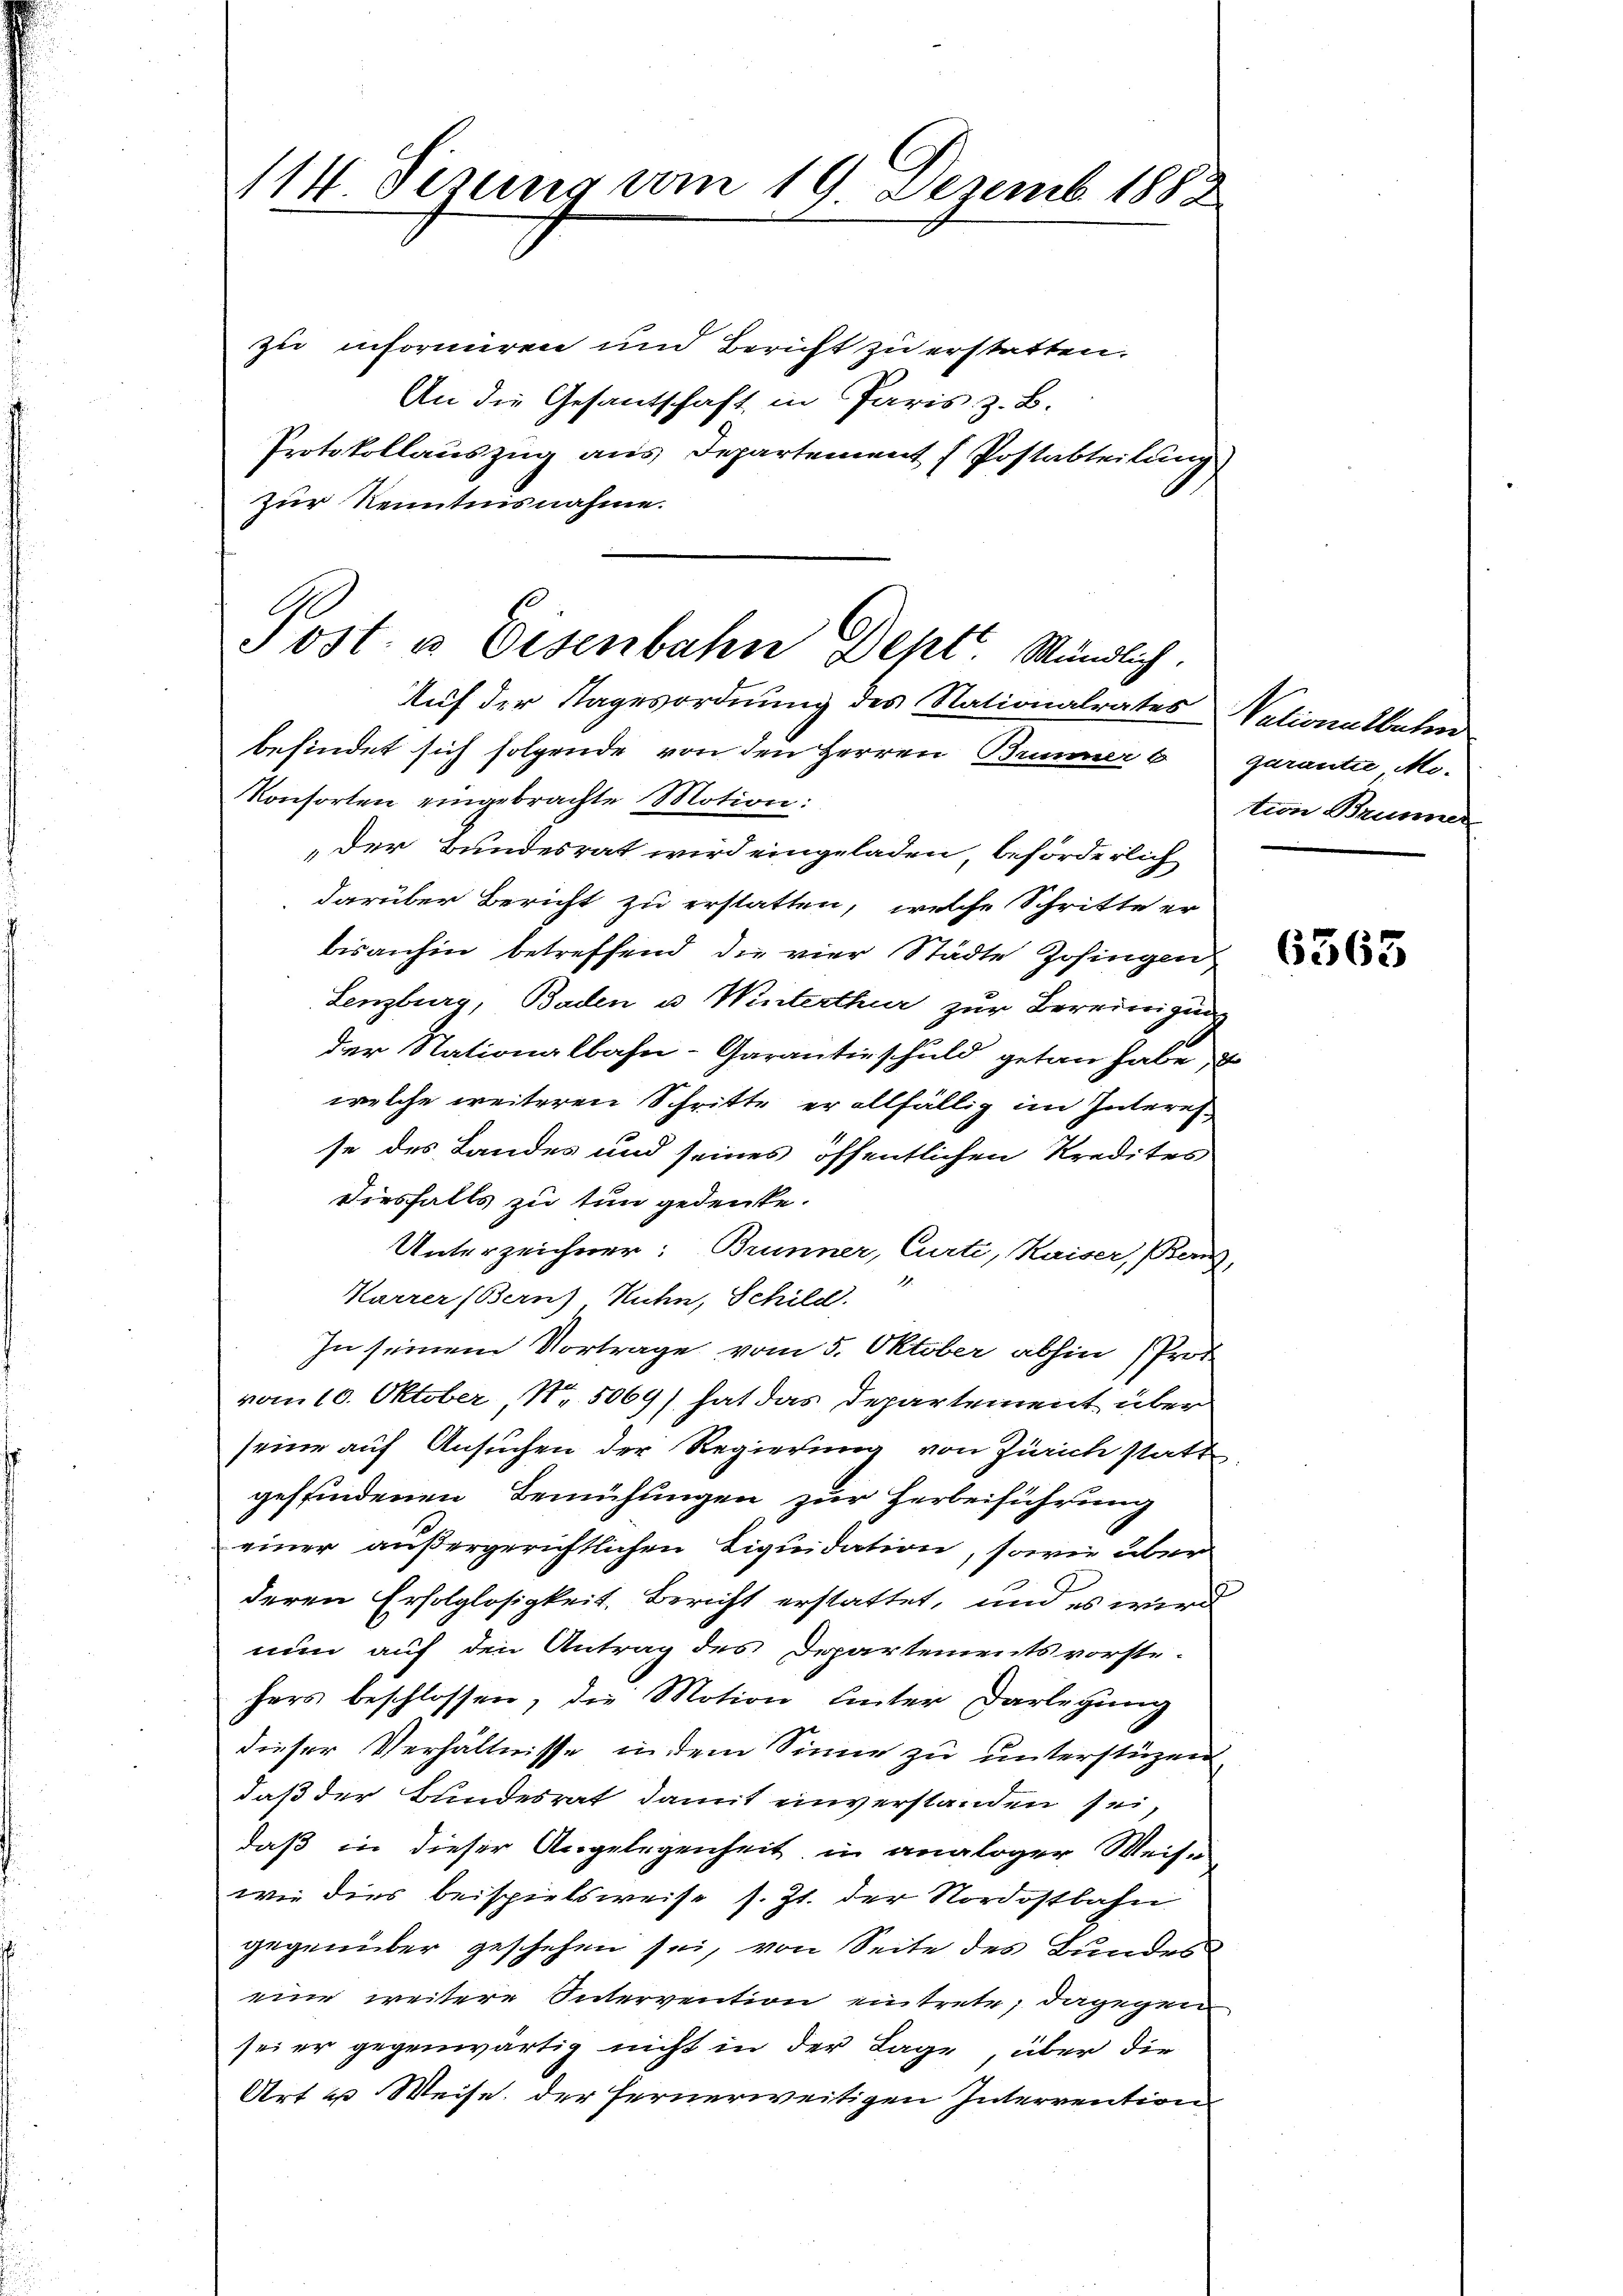
114. Sezung vom 19. Dezemb. 1888

zu informiren und Bericht zu erstatten.
An die Gesantschaft in Paris z. B.
Protokollauszug aus Departement (Postabteilung
zur Kenntnisnahme.
Auf der Tagesordnung des Nationalrates
befindet sich folgende von den Herren Brunner 6
Konsorten eingebrachte Motion:
„der Bundesrat wird eingeladen beförderlich
darüber Bericht zu erstatten, welche Schritte er
bisanhin betreffend die vier Städte Zofingen
Lenzburg, Baden u Winterthur zur Bereinigung
der Nationalbahn-Garantieschuld getan habe,
welche weiteren Schritte er allfällig im Interes-
se des Landes und seines öffentlichen Kredites
diesfalls zu tun gedenke.
Unterzeichner: Brunner, Curti, Kaiser, Bern,
Karrer (Bern Kuhn, Schild
In seinem Vortrage vom 5. Oktober abhin (Prot
vom 10. Oktober, Nr. 5069) hat das Departement über
seine auf Ansuchen der Regierung von Zürich statt
geffindenen Bemühungen zur Herbeiführung
einer außergerichtlichen Liquidation, sowie über
deren Erfolglosigkeit, Bericht erstattet, und es wird
nun auf den Antrag des Departementsvorste-
hers beschlossen, die Motion unter Darlegung
dieser Verhältnisse in dem Sinne zu unterstüzen
daß der Bundesrat damit einverstanden sei,
daß in dieser Angelegenheit in analoger Weise
wie dies beispielsweise s. Zt. der Nordostbahn
gegenüber geschehen sei, von Seite des Bundes
eine weitere Intervention eintrete; dagegen
sei er gegenwärtig nicht in der Lage, über die
Art u Weise, der fernerweitigen Intervention

Jost u. Eisenbahn Dept Mändlich.

Vationalbahrer
garantie Mo-
tion Brunner

6363